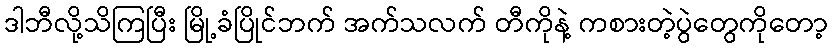
ဒါဘီလို့သိကြပြီး မြို့ခံပြိုင်ဘက် အက်သလက် တီကိုနဲ့ ကစားတဲ့ပွဲတွေကိုတော့